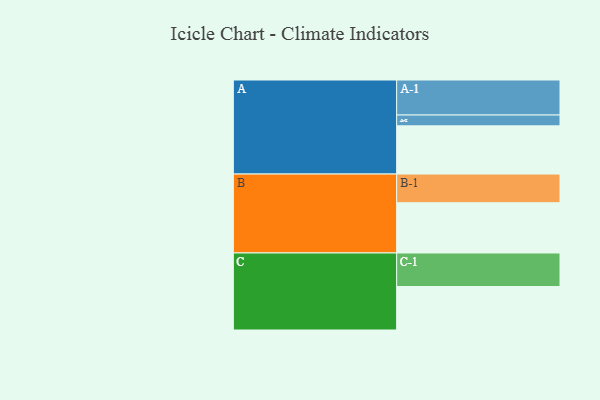
{"axis": {"x": "Segment", "y": "Value"}, "legend": ["", "A", "B", "C"], "data": [{"x": "A", "y": 405, "type": ""}, {"x": "B", "y": 422, "type": ""}, {"x": "C", "y": 365, "type": ""}, {"x": "A-1", "y": 294, "type": "A"}, {"x": "A-2", "y": 91, "type": "A"}, {"x": "B-1", "y": 241, "type": "B"}, {"x": "C-1", "y": 282, "type": "C"}]}